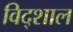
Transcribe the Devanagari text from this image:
विद्शाल